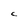
Character: C